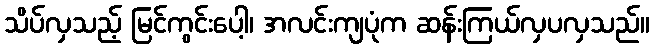
သိပ်လှသည့် မြင်ကွင်းပေါ့၊ အလင်းကျပုံက ဆန်းကြယ်လှပလှသည်။